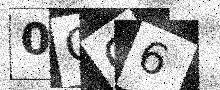
Text: 0OO6